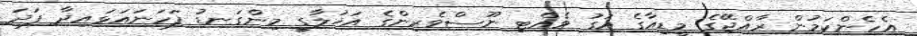
އެހެންކަމުން ރާއްޖޭގެ މީޑިއާގެ އަގު ވެއްޓި ނޫސްވެރިންގެ އަޚުލާގީ މިންގަނޑު ފަހަނައަޅައިދާ ފަދަ